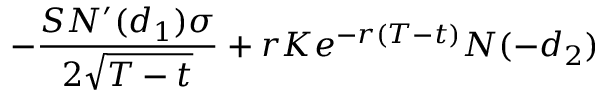
- { \frac { S N ^ { \prime } ( d _ { 1 } ) \sigma } { 2 { \sqrt { T - t } } } } + r K e ^ { - r ( T - t ) } N ( - d _ { 2 } )